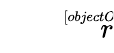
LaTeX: \sqrt[[objectObject]]{r}